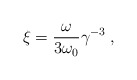
\begin{align*} \xi = \frac{\omega}{ 3 \omega_0} \gamma^{-3} \;,\end{align*}